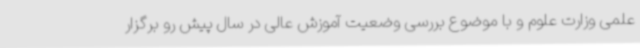
علمی وزارت علوم و با موضوع بررسی وضعیت آموزش عالی در سال پیش رو برگزار